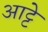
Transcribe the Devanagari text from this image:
आट्टे